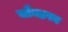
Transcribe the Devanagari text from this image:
चौमड़पन